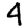
Digit: 4